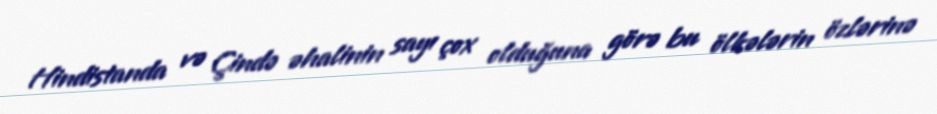
Hindistanda və Çində əhalinin sayı çox olduğuna görə bu ölkələrin özlərinə